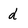
Character: d